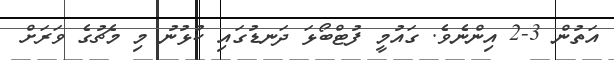
އަތުން 3-2 އިންނެވެ. ގައުމީ ފުޓްބޯޅަ ދަނޑުގައި ކުޅުނު މި މެޗުގެ ވަރަށް